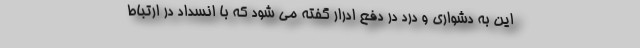
این به دشواری و درد در دفع ادرار گفته می شود که با انسداد در ارتباط